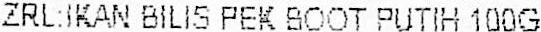
ZRL:IKAN BILIS PEK BOOT PUTIH 100G